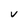
Character: v